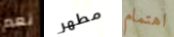
نعم مطهر اهتمام